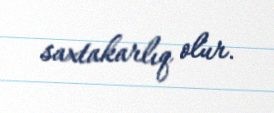
saxtakarlıq olur.